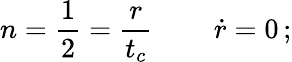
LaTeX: n=\frac{1}{2}=\frac{r}{t_{c}}\, \qquad{\dot{r}}=0\, ;